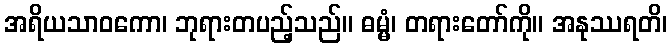
အရိယသာဝကော၊ ဘုရားတပည့်သည်။ ဓမ္မံ၊ တရားတော်ကို။ အနုဿရတိ၊